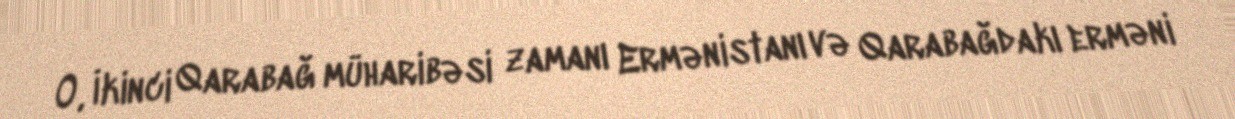
O, İkinci Qarabağ müharibəsi zamanı Ermənistanı və Qarabağdakı erməni